Leaving Certificate, 1899
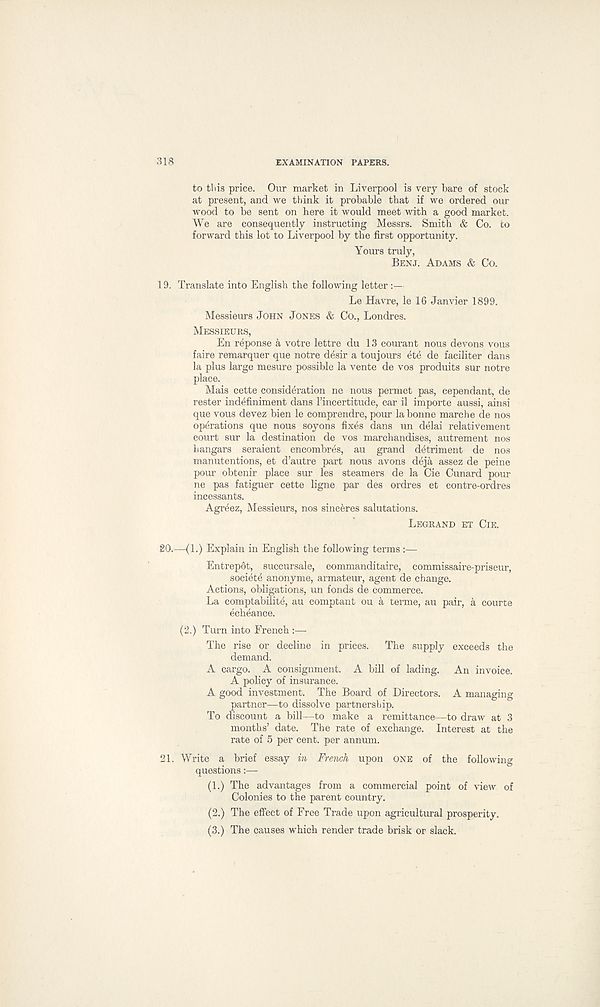
318
EXAMINATION PAPERS.
to tliis price. Our market in Liverpool is very bare of stock
at present, and we think it probable that if we ordered our
wood to be sent on here it would meet with a good market.
We are consequently instructing Messrs. Smith & Co. to
forward this lot to Liverpool by the first opportunity.
Yours truly,
BENJ. ADAMS & Co.
19. Translate into English the following letter
Le Havre, le 16 Janvier 1899.
Messieurs JOHN JONES & Co., Londres.
MESSIEURS,
En reponse a votre lettre du 13 courant nous devons vous
faire remarquer que notre desir a toujours ete de faciliter dans
la plus large mesure possible la vente de vos produits sur notre
place.
Mais cette consideration ne nous permet pas, cependant, de
rester indefiniment dans I’incertitude, car il importe aussi, ainsi
que vous devez bien le comprendre, pour la bonne marcbe de nos
operations que nous soyons fixes dans un delai relativement
court sur la destination de vos marchandises, autrement nos
hangars seraient encombres, au grand detriment de nos
manutentions, et d’autre part nous avons deja assez de peine
pour obtenir place sur les steamers de la Cie Cunard pour
ne pas fatiguer cette ligne par des ordres et contre-ordres
incessants.
Agreez, Messieurs, nos sinceres salutations.
LEGRAND ET CIE.
20.
—(1.) Explain in
Entrepdt, succursale, commanditaire, commissaire-priseur,
society anonyme, armateur, agent de change.
Actions, obligations, un fonds de commerce.
La comptabilite, au comptant ou a terme, au pair, k courte
echeance.
(2.) Turn into French :—
The rise or decline in prices.
The supply exceeds the
demand.
A cargo. A consignment. A bill of lading. An invoice.
A policy of insurance.
A good investment. The Board of Directors. A managing
partner—to dissolve partnership.
To discount a bill—to make a remittance—to draw at 3
months’ date. The rate of exchange. Interest at the
rate of 5 per cent, per annum.
21. Write a brief essay in French upon ONE of the following
questions:—
(1.) The advantages from a commercial point of view of
Colonies to the parent country.
(2.) The effect of Free Trade upon agricultural prosperity.
(3.) The causes which render trade brisk or slack.